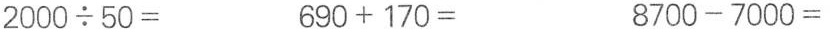
2000 \div 50= 690+170= 8700-7000=